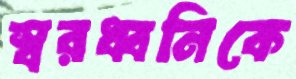
স্বরধ্বনিকে